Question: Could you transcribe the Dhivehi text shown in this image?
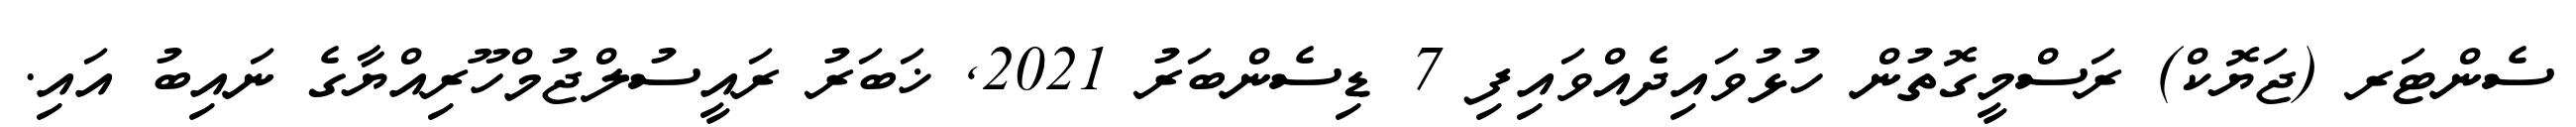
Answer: ސެންޓަރ (ޖަޔޮކް) ރަސްމީގޮތުން ހުޅުވައިދެއްވައިފި 7 ޑިސެންބަރު 2021, ޚަބަރު ރައީސުލްޖުމްހޫރިއްޔާގެ ނައިބު އައި.